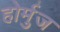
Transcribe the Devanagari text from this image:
होर्मुज